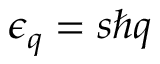
\epsilon _ { \boldsymbol { q } } = s \hbar q